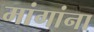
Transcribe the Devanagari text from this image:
मांगांना